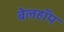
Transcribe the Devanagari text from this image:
बेलहॉप